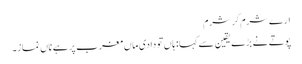
ارے شرم کر شرم
پوتے نے بڑے یقین سے کہا: ہاں تو دادی ماں مغرب پر ہے ناں نماز۔